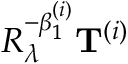
R _ { \lambda } ^ { - \beta _ { 1 } ^ { ( i ) } } { \mathbf { T } } ^ { ( i ) }